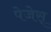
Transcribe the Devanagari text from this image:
पेजेस्